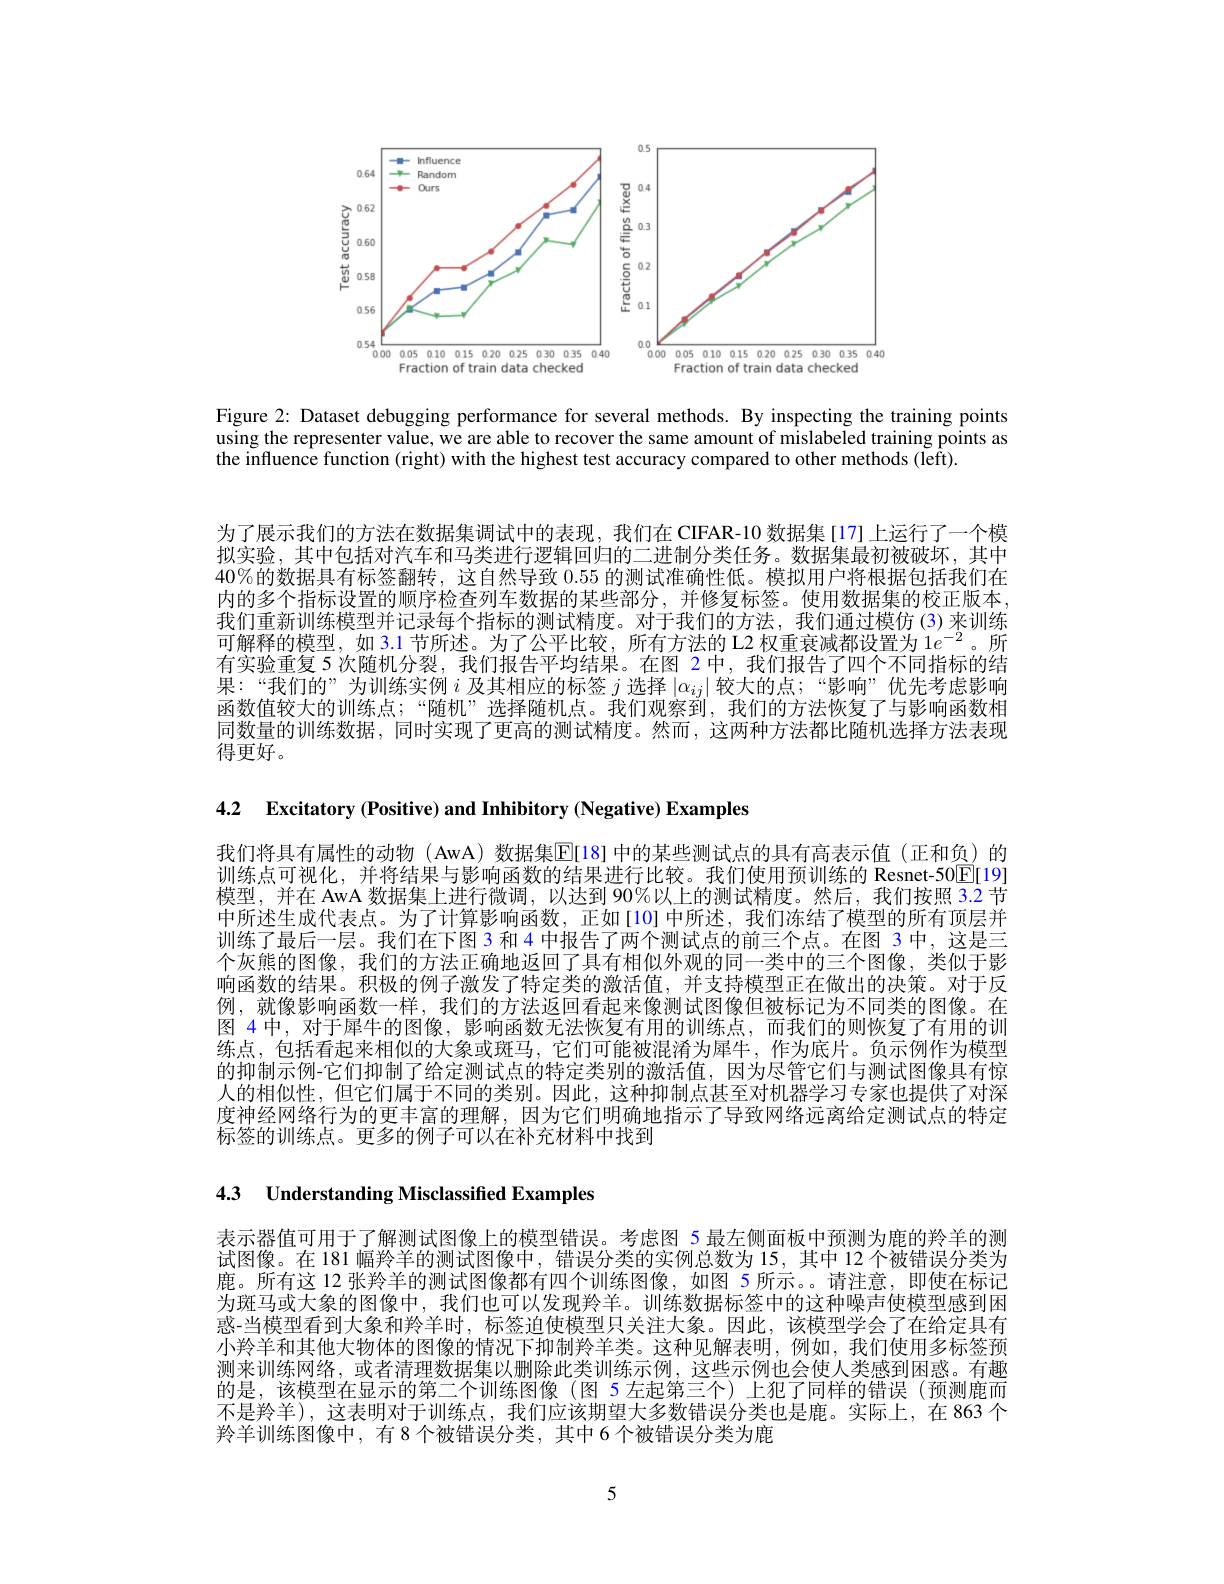
<FigureHere>

Figure 2: Dataset debugging performance for several methods. By inspecting the training points using the representer value, we are able to recover the same amount of mislabeled training points as the influence function (right) with the highest test accuracy compared to other methods (left).

为了展示我们的方法在数据集调试中的表现，我们在 CIFAR-10 数据集[17]上运行了一个模拟实验，其中包括对汽车和马类进行逻辑回归的二进制分类任务。数据集最初被破坏，其中40%的数据具有标签翻转，这自然导致0.55的测试准确性低。模拟用户将根据包括我们在内的多个指标设置的顺序检查列车数据的某些部分，并修复标签。使用数据集的校正版本我们重新训练模型并记录每个指标的测试精度。对于我们的方法，我们通过模仿(3)来训练可解释的模型，如 3.1 节所述。为了公平比较，所有方法的 L2 权重衰减都设置为$1e^{-2}$。所有实验重复 5 次随机分裂，我们报告平均结果。在图 2 中，我们报告了四个不同指标的结果：“我们的”为训练实例$i$及其相应的标签$j$选择$|\alpha_{ij}|$较大的点；“影响”优先考虑影响函数值较大的训练点；“随机”选择随机点。我们观察到，我们的方法恢复了与影响函数相同数量的训练数据，同时实现了更高的测试精度。然而，这两种方法都比随机选择方法表现得更好。

4.2 Excitatory (Positive) and Inhibitory (Negative) Examples

我们将具有属性的动物 (AwA) 数据集$\mathbb{E}[18]$ 中的某些测试点的具有高表示值 (正和负)的训练点可视化，并将结果与影响函数的结果进行比较。我们使用预训练的 Resnet-50$\boxed{\mathrm{E}}[19]$ 模型，并在 AwA 数据集上进行微调，以达到 90%以上的测试精度。然后，我们按照 3.2 节中所述生成代表点。为了计算影响函数，正如[10]中所述，我们冻结了模型的所有顶层并训练了最后一层。我们在下图 3 和 4 中报告了两个测试点的前三个点。在图 3 中，这是三个灰熊的图像，我们的方法正确地返回了具有相似外观的同一类中的三个图像，类似于影响函数的结果。积极的例子激发了特定类的激活值，并支持模型正在做出的决策。对于反例，就像影响函数一样，我们的方法返回看起来像测试图像但被标记为不同类的图像。在图 4 中，对于犀牛的图像，影响函数无法恢复有用的训练点，而我们的则恢复了有用的训练点，包括看起来相似的大象或斑马，它们可能被混淆为犀牛，作为底片。负示例作为模型的抑制示例-它们抑制了给定测试点的特定类别的激活值，因为尽管它们与测试图像具有惊人的相似性，但它们属于不同的类别。因此，这种抑制点甚至对机器学习专家也提供了对深度神经网络行为的更丰富的理解，因为它们明确地指示了导致网络远离给定测试点的特定标签的训练点。更多的例子可以在补充材料中找到

4.3 Understanding Misclassified Examples

表示器值可用于了解测试图像上的模型错误。考虑图 5 最左侧面板中预测为鹿的羚羊的测试图像。在 181 幅羚羊的测试图像中，错误分类的实例总数为 15,其中 12 个被错误分类为鹿。所有这 12 张羚羊的测试图像都有四个训练图像，如图 5 所示。请注意，即使在标记为斑马或大象的图像中，我们也可以发现羚羊。训练数据标签中的这种噪声使模型感到困惑-当模型看到大象和羚羊时，标签迫使模型只关注大象。因此，该模型学会了在给定具有小羚羊和其他大物体的图像的情况下抑制羚羊类。这种见解表明，例如，我们使用多标签预测来训练网络，或者清理数据集以删除此类训练示例，这些示例也会使人类感到困惑。有趣的是，该模型在显示的第二个训练图像(图 5 左起第三个)上犯了同样的错误(预测鹿而不是羚羊),这表明对于训练点，我们应该期望大多数错误分类也是鹿。实际上，在 863 个羚羊训练图像中，有 8 个被错误分类，其中 6 个被错误分类为鹿

5